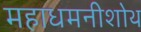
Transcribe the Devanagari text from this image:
महाधमनीशोथ